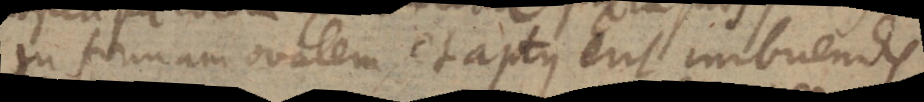
in formam ovalem, et aptus erit imbuendis